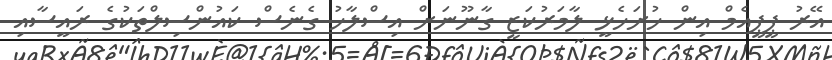
އޭރު ޕީޕީއެމް އިން ހުށަހެޅީ ލާމަރުކަޒީ ގާނޫނަށް އިސްލާހު ގެނެސް ކައުންސިލްތަކުގެ ރައީސާއި